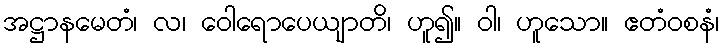
အဋ္ဌာနမေတံ၊ လ၊ ဝေါရောပေယျာတိ၊ ဟူ၍။ ဝါ၊ ဟူသော။ ဧတံဝစနံ၊